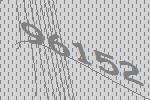
96152